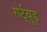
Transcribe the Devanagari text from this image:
गर्ट्‌यूड